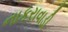
નાકરાવાડી